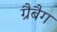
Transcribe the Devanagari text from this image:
ग्रैबैग